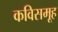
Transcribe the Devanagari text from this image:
कविसमूह